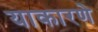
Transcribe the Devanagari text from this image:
याकारणे